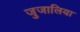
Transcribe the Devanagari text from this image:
जुजालिया